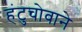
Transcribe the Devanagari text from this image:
हंटुचोवाने